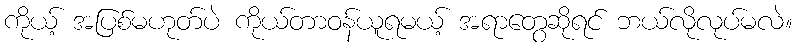
ကိုယ့် အပြစ်မဟုတ်ပဲ ကိုယ်တာဝန်ယူရမယ့် အရာတွေဆိုရင် ဘယ်လိုလုပ်မလဲ။